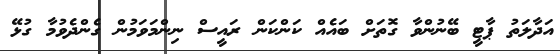
އަދާލަތު ޕާޓީ ބޭނުންވާ ގޮތަށް ބައެއް ކަންކަން ރައީސް ނިންމަވަމުން ގެންދެވުމާ ގުޅޭ